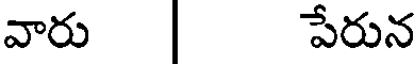
వారు పేరున